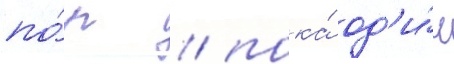
по́р / пока́ од'и́н